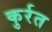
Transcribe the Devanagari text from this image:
कुर्रत